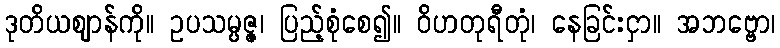
ဒုတိယဈာန်ကို။ ဥပသမ္ပဇ္ဇ၊ ပြည့်စုံစေ၍။ ဝိဟတုရီတုံ၊ နေခြင်းငှာ။ အဘဗ္ဗော၊